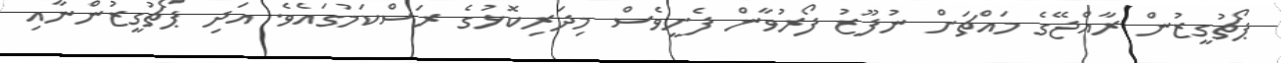
ޕޯޗުގީޒުން ރާއްޖޭގެ މައްޗަށް ނުފޫޒު ފޯރުވާން ފެށީވެސް މިދަރިކޮޅުގެ ރަސްކަމުގައެވެ. އަދި ޕޯޗުގީޒުންނާއި